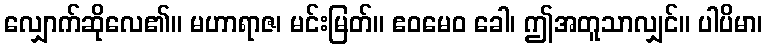
လျှောက်ဆိုလေ၏။ မဟာရာဇ၊ မင်းမြတ်။ ဧဝမေဝ ခေါ၊ ဤအတူသာလျှင်။ ပါပိမာ၊